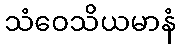
သံဝေသိယမာနံ